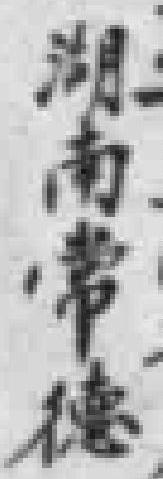
湖南常德